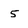
Character: 5